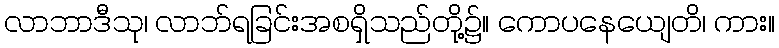
လာဘာဒီသု၊ လာဘ်ရခြင်းအစရှိသည်တို့၌။ ကောပနေယျေတိ၊ ကား။